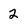
Character: 2